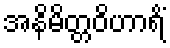
အနိမိတ္တဝိဟာရိံ